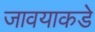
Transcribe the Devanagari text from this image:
जावयाकडे